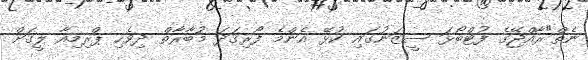
ނެތް"ރާއްޖޭގެ ފުޓްބޯޅަ ސީޒަނުގައި ކުޅޭ އެންމެ ފޯރިގަދަ މުބާރާތް ދިވެހި ޕްރިމިއާ ލީގަށް